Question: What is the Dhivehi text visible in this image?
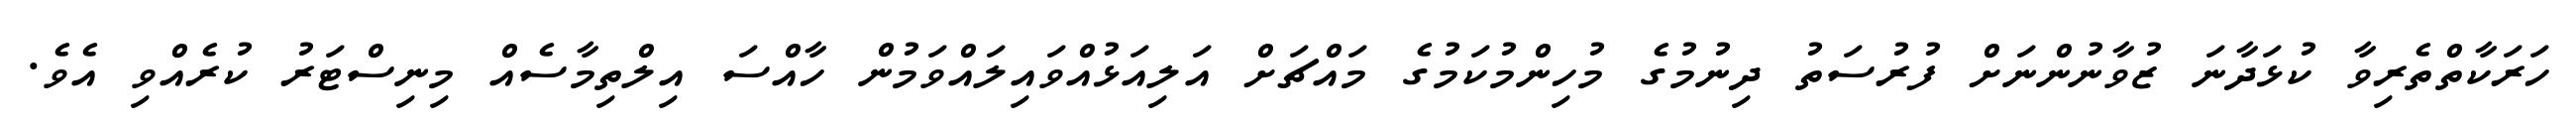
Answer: ހަރަކާތްތެރިވާ ކުޅަދާނަ ޒުވާނުންނަށް ފުރުސަތު ދިނުމުގެ މުހިންމުކަމުގެ މައްޗަށް އަލިއަޅުއްވައިލައްވަމުން ހާއްސަ އިލްތިމާސެއް މިނިސްޓަރު ކުރެއްވި އެވެ.